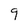
Character: 9